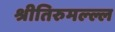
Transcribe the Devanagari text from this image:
श्रीतिरुमल्ल्ल